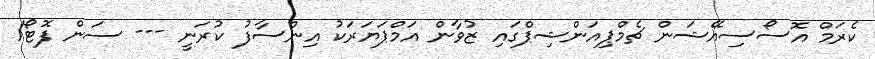
ކެރަމް އޮސޯސިއޭޝަން ޗެމްޕިއަންޝިޕްގައި ޒުވާން އަމްޕަޔަރަކު އިންސާފު ކުރަނީ --- ސަން ފޮޓޯ/